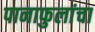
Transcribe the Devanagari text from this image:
पानाफुलांचा